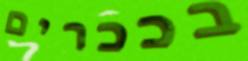
בככרים